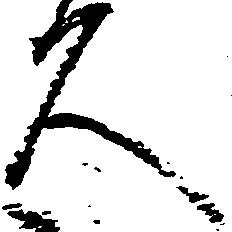
久